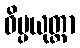
ဝိပ္ပယုတ္တာ